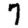
Digit: 7